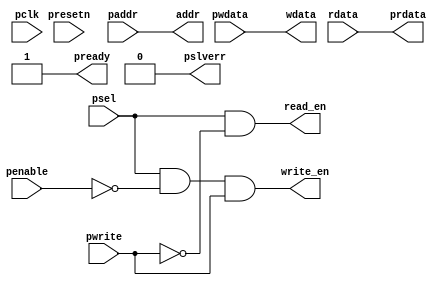
//-----------------------------------------------------------------------------
// The confidential and proprietary information contained in this file may
// only be used by a person authorised under and to the extent permitted
// by a subsisting licensing agreement from ARM Limited.
//
//            (C) COPYRIGHT 2010-2013 ARM Limited.
//                ALL RIGHTS RESERVED
//
// This entire notice must be reproduced on all copies of this file
// and copies of this file may only be made by a person if such person is
// permitted to do so under the terms of a subsisting license agreement
// from ARM Limited.
//
//      SVN Information
//
//      Checked In          : $Date: 2012-07-31 10:47:23 +0100 (Tue, 31 Jul 2012) $
//
//      Revision            : $Revision: 217027 $
//
//      Release Information : Cortex-M System Design Kit-r1p0-00rel0
//
//-----------------------------------------------------------------------------
//-----------------------------------------------------------------------------
// Abstract : AMBA APB3 example slave interface module.
//            Convert APB BUS protocol to simple register read write protocol
//-----------------------------------------------------------------------------
module cmsdk_apb3_eg_slave_interface #(
  // parameter for address width
  parameter ADDRWIDTH = 12)
 (
  // IO declaration

  input  wire                    pclk,     // pclk
  input  wire                    presetn,  // reset

  // apb interface inputs
  input  wire                    psel,
  input  wire [ADDRWIDTH-1:0]    paddr,
  input  wire                    penable,
  input  wire                    pwrite,
  input  wire [31:0]             pwdata,

  // apb interface outputs
  output wire [31:0]             prdata,
  output wire                    pready,
  output wire                    pslverr,

  // Data register read/write interface
  output wire [ADDRWIDTH-1:0]    addr,
  output wire                    read_en,
  output wire                    write_en,
  output wire [31:0]             wdata,
  input  wire [31:0]             rdata);

 //------------------------------------------------------------------------------
 // module logic start
 //------------------------------------------------------------------------------

// APB interface
assign   pready  = 1'b1; //always ready. Can be customized to support waitstate if required.
assign   pslverr = 1'b0; //alwyas OKAY. Can be customized to support error response if required.


// register read and write signal
assign  addr = paddr;
assign  read_en  = psel & (~pwrite); // assert for whole apb read transfer
assign  write_en = psel & (~penable) & pwrite; // assert for 1st cycle of write transfer
        // It is also possible to change the design to perform the write in the 2nd
        // APB cycle.   E.g.
        //   assign write_en = psel & penable & pwrite;
        // However, if the design generate waitstate, this expression will result
        // in write_en being asserted for multiple cycles.
assign  wdata       = pwdata;
assign  prdata      = rdata;


`ifdef ARM_APB_ASSERT_ON

 `include "std_ovl_defines.h"
  // ------------------------------------------------------------
  // Assertions
  // ------------------------------------------------------------

  // Check error response should not be generated if not selected
    assert_never
     #(`OVL_ERROR,
       `OVL_ASSERT,
       "Error! Should not generate error response if not selected")
     u_ovl_apb3_eg_slave_response_illegal
     (.clk        (pclk),
      .reset_n    (presetn),
      .test_expr  (pslverr & pready & (~psel))
      );

`endif

 //------------------------------------------------------------------------------
 // module logic end
 //------------------------------------------------------------------------------

endmodule